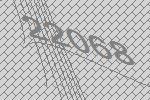
22068